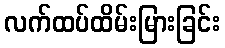
လက်ထပ်ထိမ်းမြားခြင်း